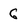
Character: 6